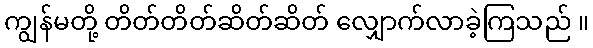
ကျွန်မတို့ တိတ်တိတ်ဆိတ်ဆိတ် လျှောက်လာခဲ့ကြသည် ။